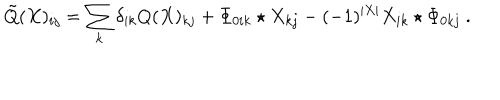
\tilde { Q } ( X ) _ { i j } = \sum _ { k } \delta _ { i k } Q ( X ) _ { k j } + \Phi _ { 0 i k } \star X _ { k j } - ( - 1 ) ^ { | X | } X _ { i k } \star \Phi _ { 0 k j } \ .